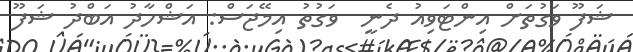
ޝަފޫ ވަގުތަށް އިންޓަވިއު ދެނީ  ވަގުތު އިމޭޖަސް: އަޝްހާދު އަބްދު ޝަފޫ